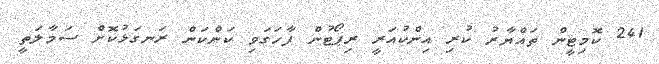
241 ކޮމިޓީން ތައްޔާރު ކުރި އިންކުއަރީ ރިޕޯޓުން ފާހަގަވި ކަންކަން ރަނގަޅުކޮށް ސަމާލަތީ